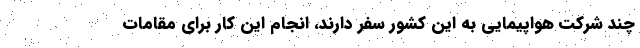
چند شرکت هواپیمایی به این کشور سفر دارند، انجام این کار برای مقامات